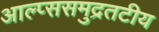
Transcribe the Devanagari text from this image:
आल्प्ससमुद्रतटीय